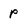
Character: P